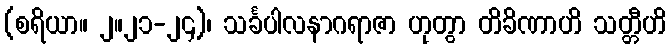
(စရိယာ။ ၂။၂၁-၂၄)၊ သင်္ခပါလနာဂရာဇာ ဟုတွာ တိခိဏာဟိ သတ္တီဟိ